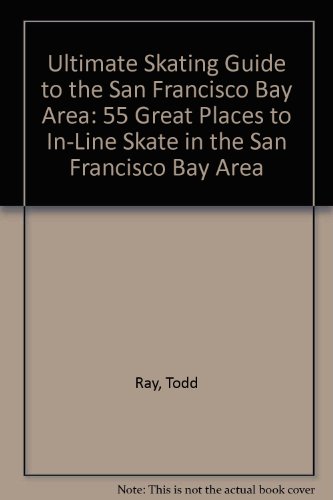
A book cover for Ultimate Skating Guide to the San Francisco Bay Area: 55 Great Places to In-Line Skate in the San Francisco Bay Area; Todd Ray; Sports & Outdoors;